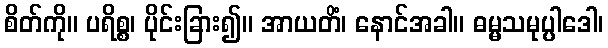
စိတ်ကို။ ပရိစ္စ၊ ပိုင်းခြား၍။ အာယတိံ၊ နောင်အခါ။ ဓမ္မသမုပ္ပါဒေါ၊